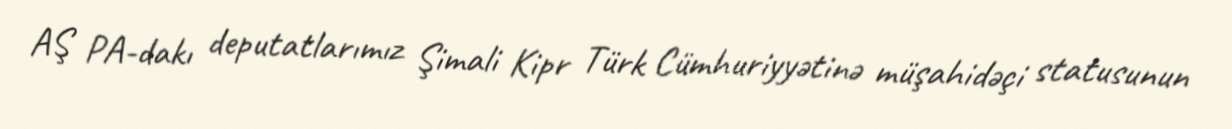
AŞ PA-dakı deputatlarımız Şimali Kipr Türk Cümhuriyyətinə müşahidəçi statusunun